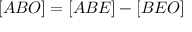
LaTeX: [ A B O ] = [ A B E ] - [ B E O ]